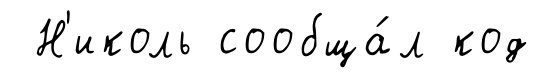
Н'иколь сообща́л код